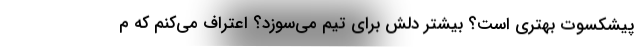
پیشکسوت بهتری است؟ بیشتر دلش برای تیم می‌سوزد؟ اعتراف می‌کنم که م